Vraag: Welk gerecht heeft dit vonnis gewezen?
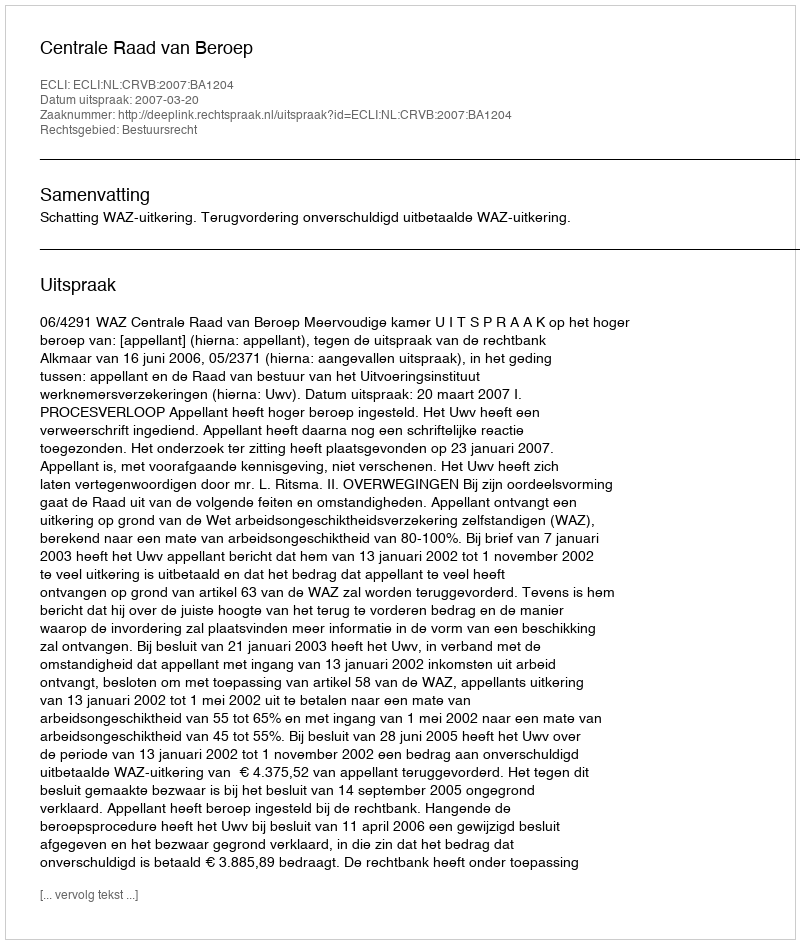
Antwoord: Centrale Raad van Beroep